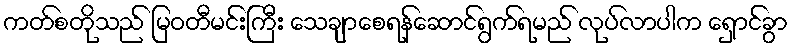
ကတ်စတိုသည် မြဝတီမင်းကြီး သေချာစေရန်ဆောင်ရွက်ရမည် လုပ်လာပါက ရှောင်ခွာ